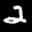
Label: 2